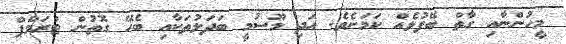
މީހުންނާއި ގާތް ބޭފުޅެއް ކަމަށެވެ. އަދި މޫސުމީ ބަދަލުތަކާއި ބެހޭ ގޮތުން ޓްރަމްޕް